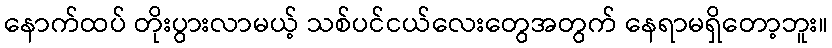
နောက်ထပ် တိုးပွားလာမယ့် သစ်ပင်ငယ်လေးတွေအတွက် နေရာမရှိတော့ဘူး။